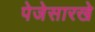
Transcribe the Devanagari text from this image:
पेजेसारखे